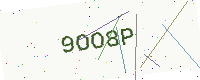
Text: 9OO8P